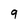
Character: 9